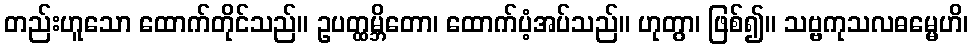
တည်းဟူသော ထောက်တိုင်သည်။ ဥပတ္ထမ္ဘိတော၊ ထောက်ပံ့အပ်သည်။ ဟုတွာ၊ ဖြစ်၍။ သဗ္ဗကုသလဓမ္မေဟိ၊